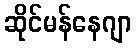
ဆိုင်မန်နေဂျာ